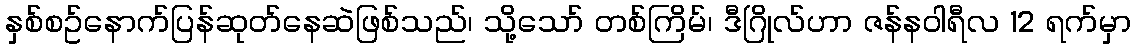
နှစ်စဥ်နောက်ပြန်ဆုတ်နေဆဲဖြစ်သည်၊ သို့သော် တစ်ကြိမ်၊ ဒီဂြိုလ်ဟာ ဇန်န၀ါရီလ 12 ရက်မှာ